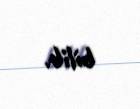
bilib.